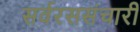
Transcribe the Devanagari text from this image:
सर्वरससंचारी